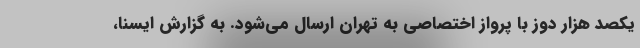
یکصد ‌هزار دوز با پرواز اختصاصی به تهران ارسال می‌شود. به گزارش ایسنا،